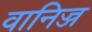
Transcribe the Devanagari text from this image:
वानिज्ज